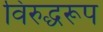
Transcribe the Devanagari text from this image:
विरुद्धरूप